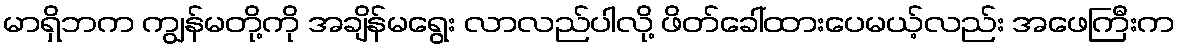
မာရှိဘက ကျွန်မတို့ကို အချိန်မရွေး လာလည်ပါလို့ ဖိတ်ခေါ်ထားပေမယ့်လည်း အဖေကြီးက